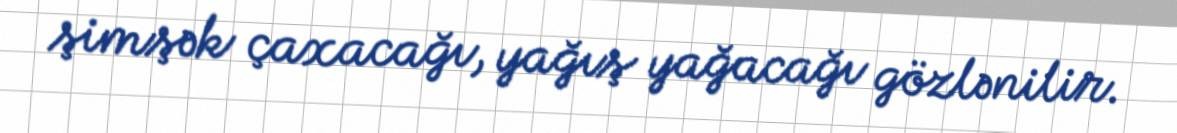
şimşək çaxacağı, yağış yağacağı gözlənilir.